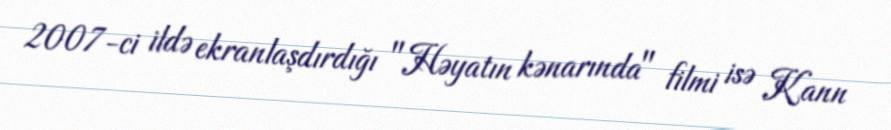
2007-ci ildə ekranlaşdırdığı "Həyatın kənarında" filmi isə Kann